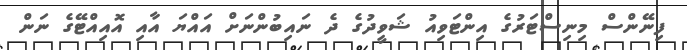
ފިނޭންސް މިނިސްޓަރުގެ އިންޓަވިއު ޝަވީދުގެ ދެ ނައިބުންނަށް އައްޔަ އާއި އޮއިއްޓޭގެ ނަން